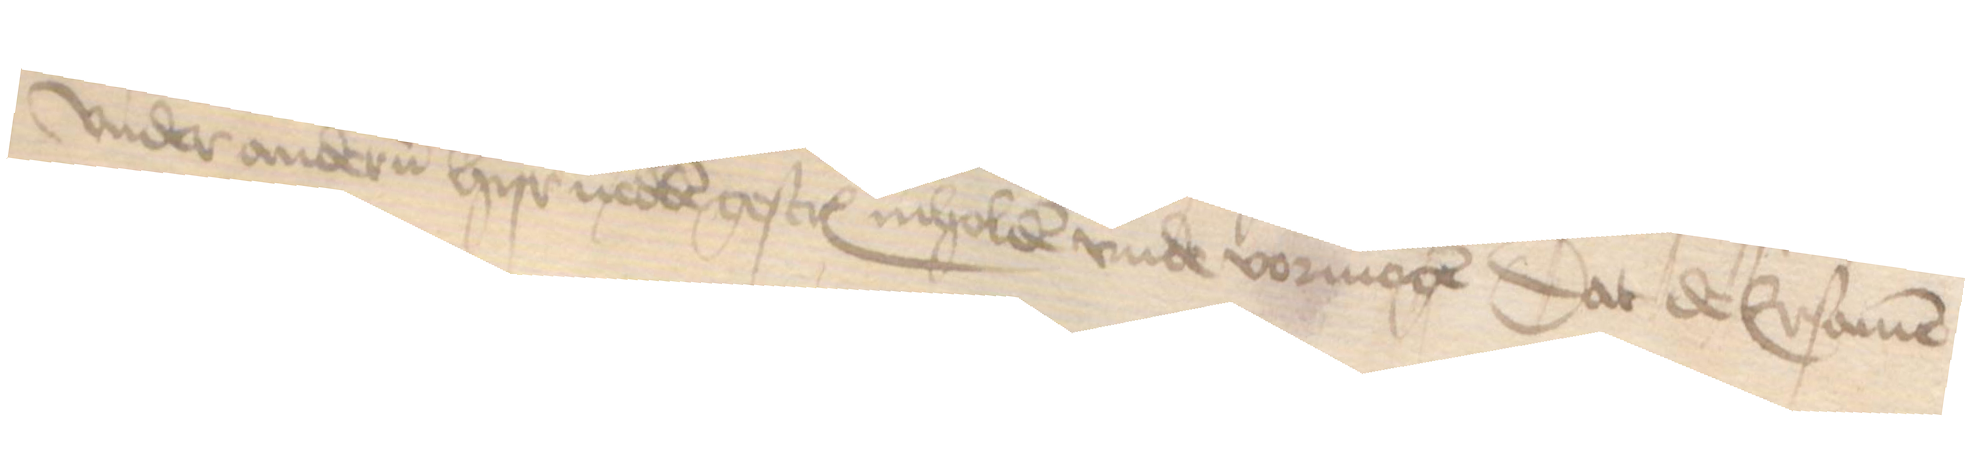
vnder anderen hyr nedden gescreuen inholden vnde vormogen dat de Ersamen